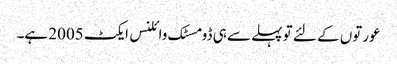
عورتوں کے لئے تو پہلے سے ہی ڈومسٹک وائلنس ایکٹ 2005 ہے۔